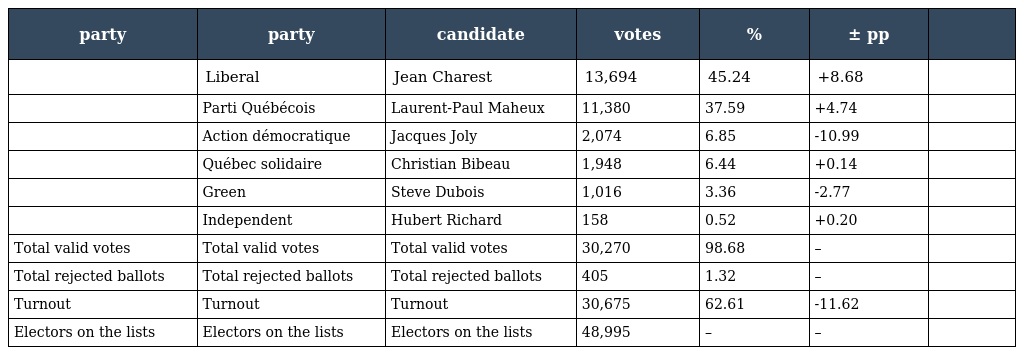
| party | party | candidate | votes | % | ± pp |  |
 | --- | --- | --- | --- | --- | --- | --- |
 |  | Liberal | Jean Charest | 13,694 | 45.24 | +8.68 |  |
 |  | Parti Québécois | Laurent-Paul Maheux | 11,380 | 37.59 | +4.74 |  |
 |  | Action démocratique | Jacques Joly | 2,074 | 6.85 | -10.99 |  |
 |  | Québec solidaire | Christian Bibeau | 1,948 | 6.44 | +0.14 |  |
 |  | Green | Steve Dubois | 1,016 | 3.36 | -2.77 |  |
 |  | Independent | Hubert Richard | 158 | 0.52 | +0.20 |  |
 | Total valid votes | Total valid votes | Total valid votes | 30,270 | 98.68 | – |  |
 | Total rejected ballots | Total rejected ballots | Total rejected ballots | 405 | 1.32 | – |  |
 | Turnout | Turnout | Turnout | 30,675 | 62.61 | -11.62 |  |
 | Electors on the lists | Electors on the lists | Electors on the lists | 48,995 | – | – |  |